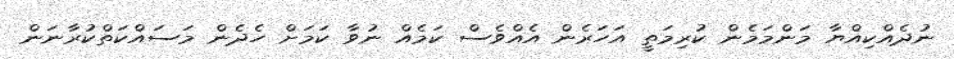
ނުދެއްކިއްޔާ މަންމަމެން ކުރިމަތީ އަހަރެން އެއްވެސް ކަމެއް ނުވާ ކަމަށް ހެދެން މަސައްކަތްކުރާނަން